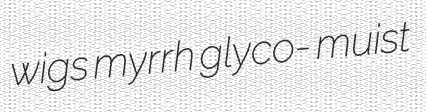
wigs myrrh glyco- muist